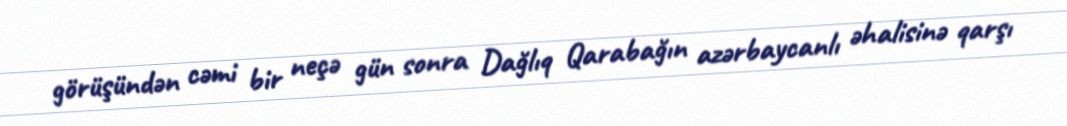
görüşündən cəmi bir neçə gün sonra Dağlıq Qarabağın azərbaycanlı əhalisinə qarşı